Vaccination report Assam 1874-1896 - 1874-1896
Year: 1874
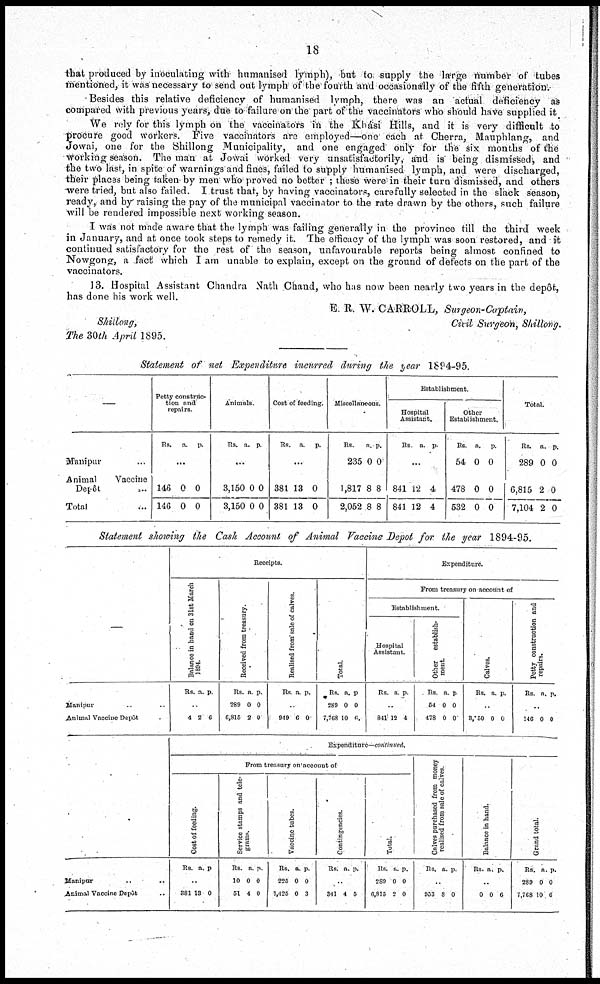
18
that produced by inoculating with humanised lymph), but to supply the large number of tubes
mentioned, it was necessary to send out lymph of the fourth and occasionally of the fifth generation.
Besides this relative deficiency of humanised lymph, there was an actual deficiency as
compared with previous years, due to failure on the part of the vaccinators who should have supplied it
We rely for this lymph on the vaccinators in the Khási Hills, and it is very difficult to
procure good workers. Five vaccinators are employed—one each at Cherra, Mauphlang, and
Jowai, one for the Shillong Municipality, and one engaged only for the six months of the
working season. The man at Jowai worked very unsatisfactorily, and is being dismissed, and
the two last, in spite of warnings and fines, failed to supply humanised lymph, and were discharged,
their places being taken by men' who proved no better ; these were in their turn dismissed, and others
were tried, but also failed. I trust that, by having vaccinators, carefully selected in the slack season-,
ready, and by raising the pay of the municipal vaccinator to the rate drawn by the others, such failure
will be rendered impossible next working season.
I was not made aware that the lymph was failing generally in the province till the third week
in January, and at once took steps to remedy it. The efficacy of the lymph was soon restored, and it
continued satisfactory for the rest of the season, unfavourable reports being almost confined to
Nowgong, a fact which I am unable to explain, except on the ground of defects on the part of the
vaccinators.
13. Hospital Assistant Chandra Nath Chand, who has now been nearly two years in the depôt,
has done his work well.
E. R. W. CARROLL, Surgeon-Captain,
Civil Surgeon, Shillong.
Shillong,
The 30th April 1895.
Statement of net Expenditure incurred during the year 1894-95.
—
Manipur ...
Animal
Vaccine
Depôt ...
Total ...
Petty construc-
tion and
repairs.
Rs. a. p.
...
146
146
0
0
0
0
Animals
Rs. a.
p.
...
3,150
3,150
0
0
0
0
Cost of feeding.
Rs. a. p.
...
381
381
13
13
0
0
Miscellaneous
Rs.
235
1,817
2,052
a.
0
8
8
p.
0
8
8
Establishment.
Hospital
Assistant.
Rs a. p.
...
841
841
12
12
4
4
Other
Establishment.
Rs
54
478
532
a.
0
0
0
p.
0
0
0
Total.
Rs.
289
6,815
7,104
a.
0
2
2
p.
0
0
0
Statement showing the Cash Account of Animal Vaccine Depot for the year 1894-95.
—
Manipur .. ..
Animal Vaccine Depôt
Receipts.
Balance in hand on 31st March
1894.
Rs. a p
..
4 2 6
Received from treasury.
Rs.
289
6,815
a.
0
2
p.
0
0
Realised from sale of calves.
Rs a. p.
..
949 6 0
Total.
Rs.
289
7,768
a.
0
10
p
0
6
Expenditure.
From treasury on account of
Establishment.
Hospital
Assistant.
Rs. a. p.
..
841 12 4
Other
establish-
ment
Rs
54
478
a.
0
0
p
0
0
Calves.
Rs. a. p.
..
8,050 0 0
Petty construction and
repairs.
Rs. a. p.
..
146 0 0
Manipur .. ..
Animal Vaccine Depôt
Expenditure—continued.
Cost of feeding.
Rs. a. p
..
381 13 0
From treasury on account of
Service stamps and tele-
grams.
Rs.
10
51
a.
0
4
p.
0
0
Vaccine tubes.
Rs.
225
1,425
a.
0
0
p.
0
3
Contingencies.
Rs. a. p.
..
341 4 5
Total.
Rs.
289
6,815
a.
0
2
p.
0
0
Calves purchased from money
realised from sole of calves.
Rs. a. p.
..
953 8 0
Balance in hand.
Rs. a. p.
..
0 0 6
Grand total.
Rs.
289
7,768
a.
0
10
p.
0
6